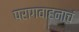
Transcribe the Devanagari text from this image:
परागवाहनाचं